Annual administration and progress report of the Indian Medical Department, Bombay
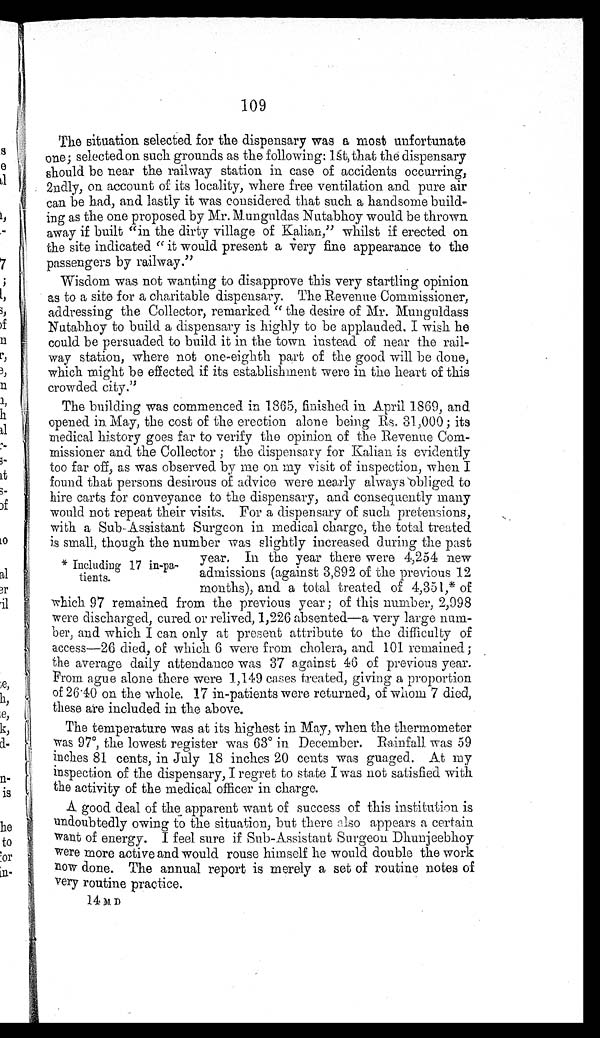
109
The situation selected for the dispensary was a most unfortunate
one; selected on such grounds as the following: 1st, that the dispensary
should be near the railway station in case of accidents occurring,
2ndly, on account of its locality, where free ventilation and pure air
can be had, and lastly it was considered that such a handsome build-
ing as the one proposed by Mr. Munguldas Nutabhoy would be thrown
away if built "in the dirty village of Kalian," whilst if erected on
the site indicated "it would present a very fine appearance to the
passengers by railway."
Wisdom was not wanting to disapprove this very startling opinion
as to a site for a charitable dispensary. The Revenue Commissioner,
addressing the Collector, remarked "the desire of Mr. Munguldass
Nutabhoy to build a dispensary is highly to be applauded. I wish he
could be persuaded to build it in the town instead of near the rail-
way station, where not one-eighth part of the good will be done,
which might be effected if its establishment were in the heart of this
crowded city."
The building was commenced in 1865, finished in April 1869, and
opened in May, the cost of the erection alone being Rs. 31,000; its
medical history goes far to verify the opinion of the Revenue Com-
missioner and the Collector; the dispensary for Kalian is evidently
too far off, as was observed by me on my visit of inspection, when I
found that persons desirous of advice were nearly always obliged to
hire carts for conveyance to the dispensary, and consequently many
would not repeat their visits. For a dispensary of such pretensions,
with a Sub-Assistant Surgeon in medical charge, the total treated
is small, though the number was slightly increased during the past
year. In the year there were 4,254 new
admissions (against 3,892 of the previous 12
months), and a total treated of 4,351,* of
which 97 remained from the previous year; of this number, 2,998
were discharged, cured or relived, 1,226 absented—a very large num-
ber, and which I can only at present attribute to the difficulty of
access—26 died, of which 6 were from cholera, and 101 remained;
the average daily attendance was 37 against 46 of previous year.
From ague alone there were 1,149 cases treated, giving a proportion
of 26.40 on the whole. 17 in-patients were returned, of whom 7 died,
these are included in the above.
The temperature was at its highest in May, when the thermometer
was 97°, the lowest register was 63° in December. Rainfall was 59
inches 81 cents, in July 18 inches 20 cents was guaged. At my
inspection of the dispensary, I regret to state I was not satisfied with
the activity of the medical officer in charge.
A good deal of the apparent want of success of this institution is
undoubtedly owing to the situation, but there also appears a certain
want of energy. I feel sure if Sub-Assistant Surgeon Dhunjeebhoy
were more active and would rouse himself he would double the work
now done. The annual report is merely a set of routine notes of
very routine practice.
14 M D
* Including 17 in-pa-
tients.